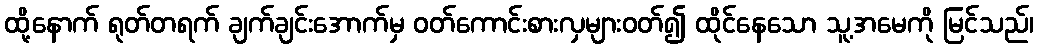
ထို့နောက် ရုတ်တရက် ချက်ချင်းအောက်မှ ဝတ်ကောင်းစားလှများဝတ်၍ ထိုင်နေသော သူ့အမေကို မြင်သည်၊